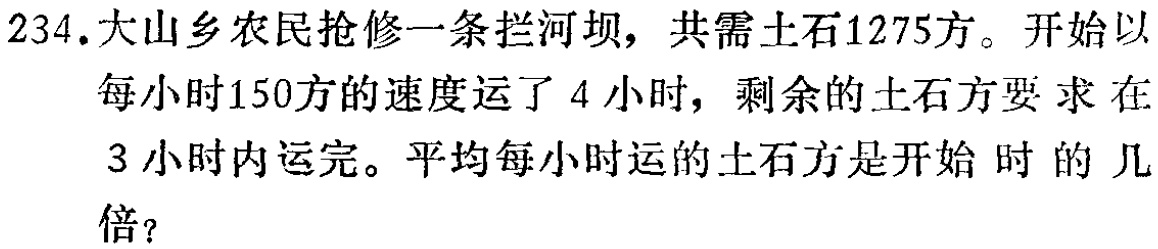
234.大山乡农民抢修一条拦河坝，共需土石1275方。开始以每小时150方的速度运了4小时，剩余的土石方要求在3小时内运完。平均每小时运的土石方是开始时的几倍？